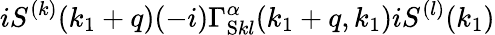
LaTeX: iS^{(k)}(k_{1}+q)(-i)\Gamma_{\mathrm{S}kl}^{\alpha}(k_{1}+q,k_{1})iS^{(l)}(k_{1})